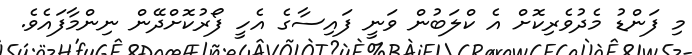
މި ފަންޑު މެދުވެރިކޮށް އެ ކްލަބުން ވަނީ ފައިސާގެ އެހީ ފޯރުކޮށްދޭން ނިންމާފައެވެ.